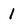
Character: l